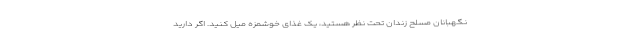
نگهبانان مسلح زندان تحت نظر هستید، یک غذای خوشمزه میل کنید. اگر دارید